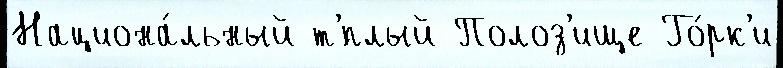
Национа́льный т'́плый Полоз'ище Го́рк'и